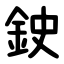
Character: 鉂